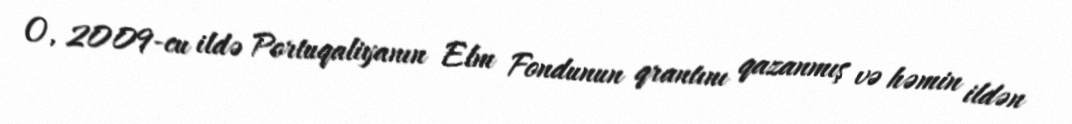
O, 2009-cu ildə Portuqaliyanın Elm Fondunun qrantını qazanmış və həmin ildən